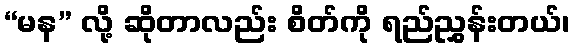
“မန” လို့ ဆိုတာလည်း စိတ်ကို ရည်ညွှန်းတယ်၊